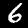
Digit: 6